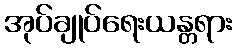
အုပ်ချုပ်ရေးယန္တရား